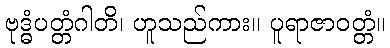
ဗုဒ္ဓံပတ္တံဂါတိ၊ ဟူသည်ကား။ ပူရာဇာဝတ္တံ။